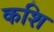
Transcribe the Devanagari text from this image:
कशि